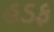
હડફ